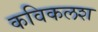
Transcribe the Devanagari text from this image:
कविकलश